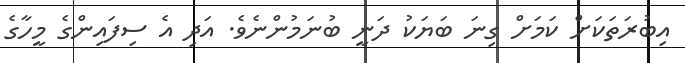
އިބުރަތަކަށް ކަމަށް ގިނަ ބަޔަކު ދަނީ ބުނަމުންނެވެ. އަދި އެ ސިފައިންގެ މީހާގެ